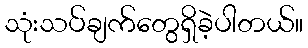
သုံးသပ်ချက်တွေရှိခဲ့ပါတယ်။